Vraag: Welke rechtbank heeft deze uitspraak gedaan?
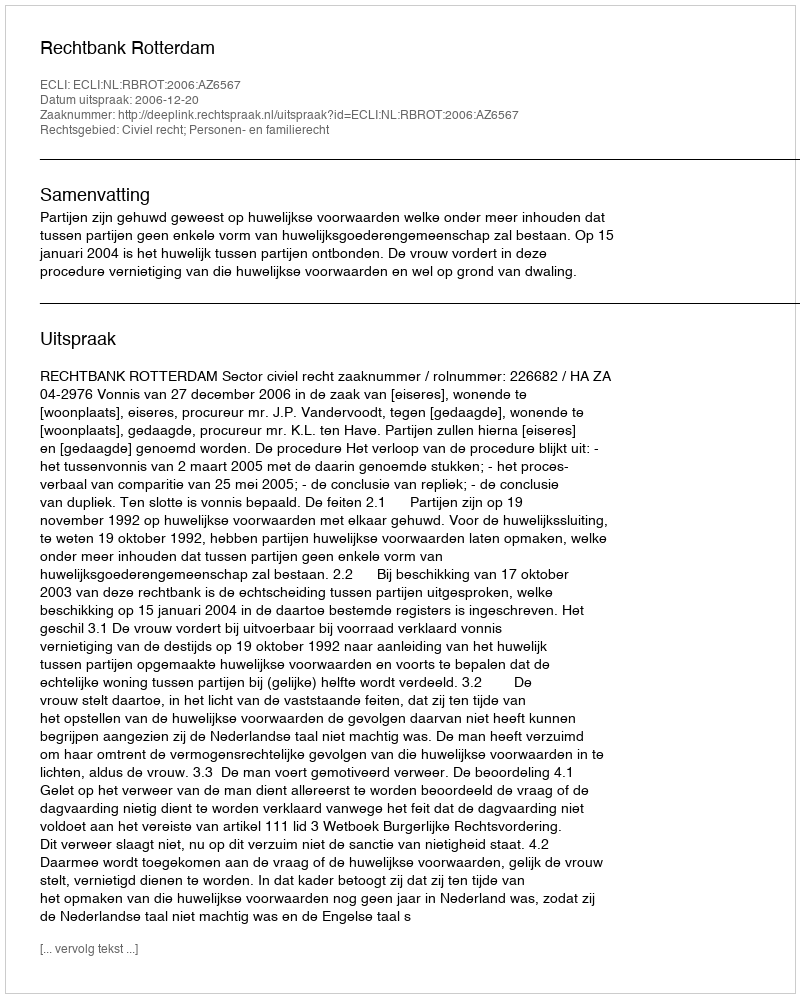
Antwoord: Rechtbank Rotterdam